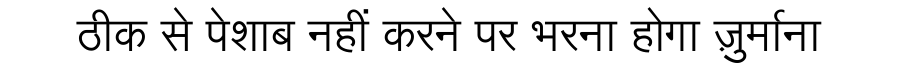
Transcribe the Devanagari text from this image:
ठीक से पेशाब नहीं करने पर भरना होगा ज़ुर्माना